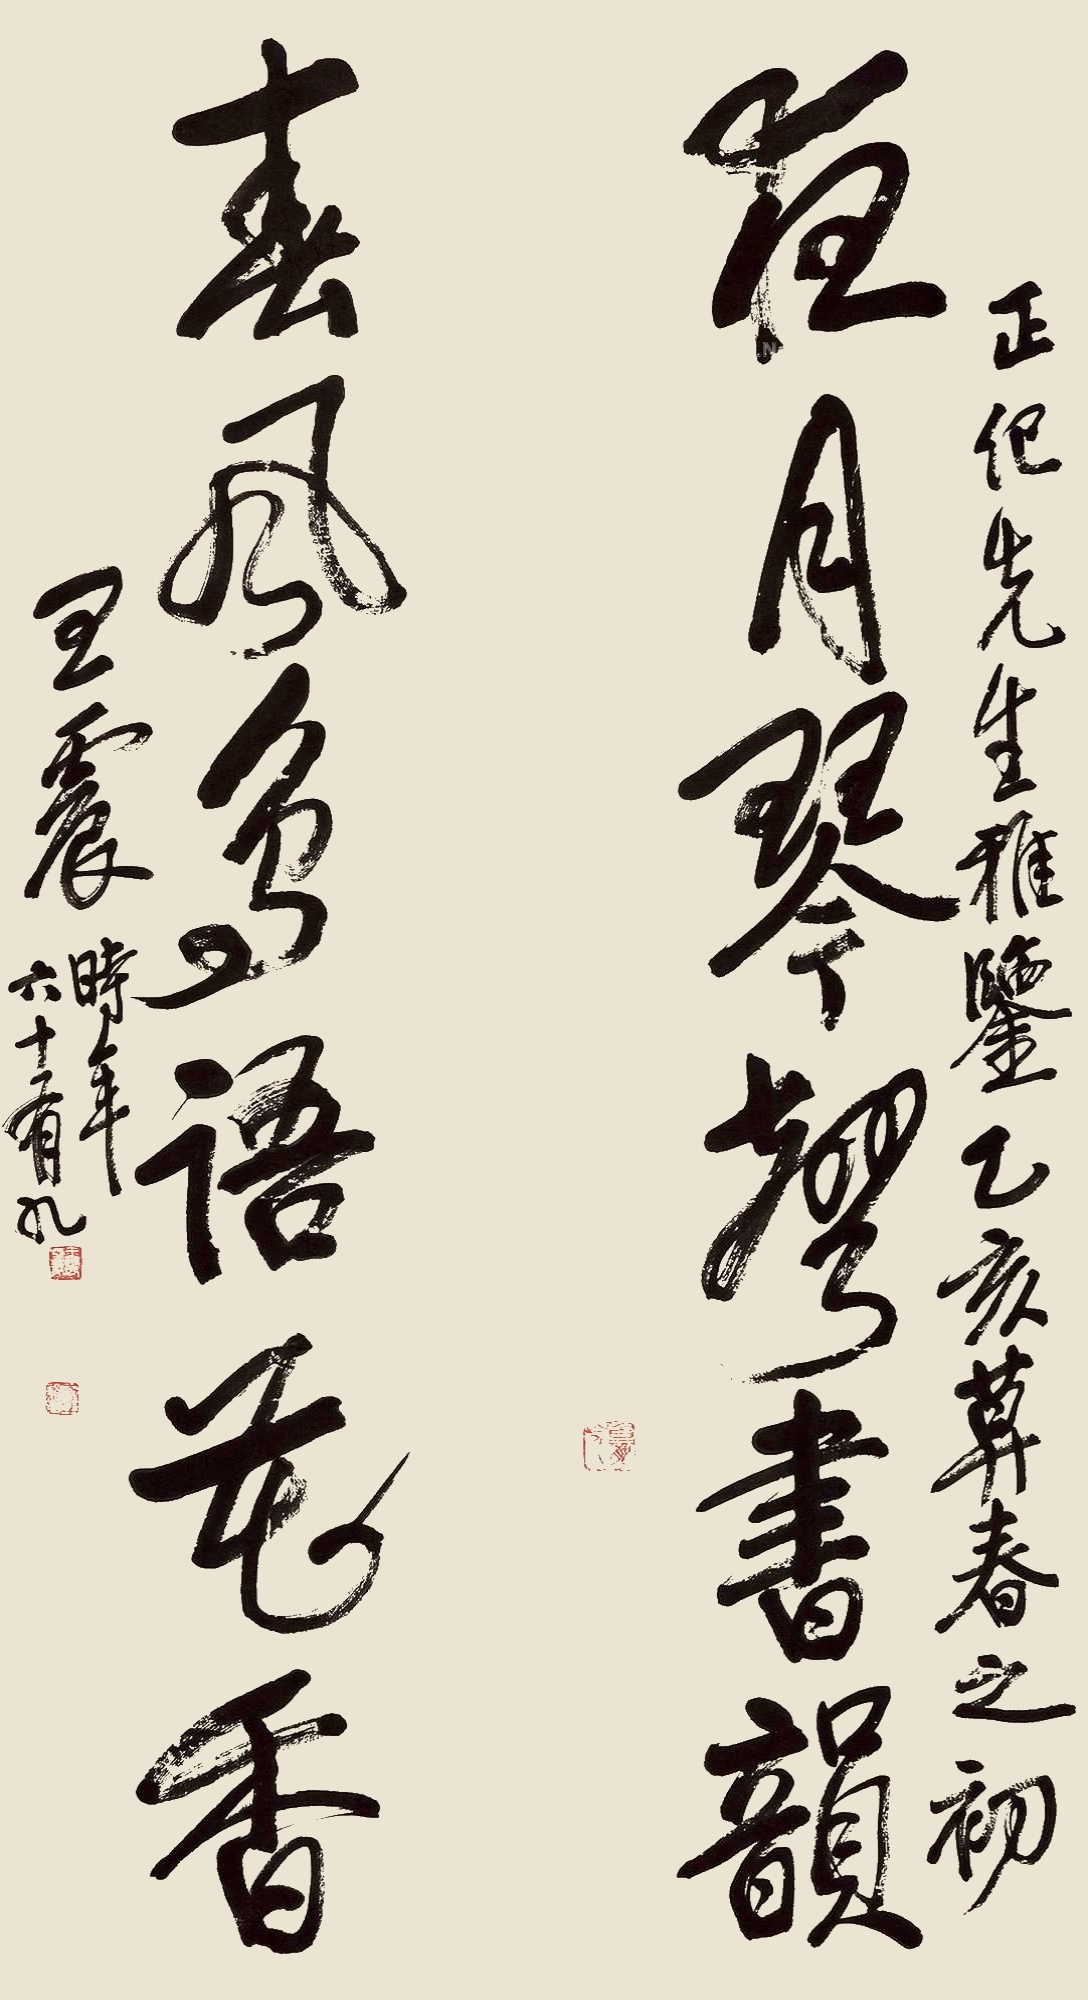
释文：夜月琴声书韵，春风鸟语花香。正纪先生雅鉴，乙亥暮春之初，王震时年六十有九。